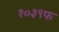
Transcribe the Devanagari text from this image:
१०३९फ